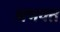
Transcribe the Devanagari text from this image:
अभक्‍त